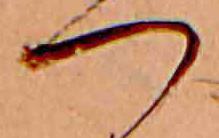
つ